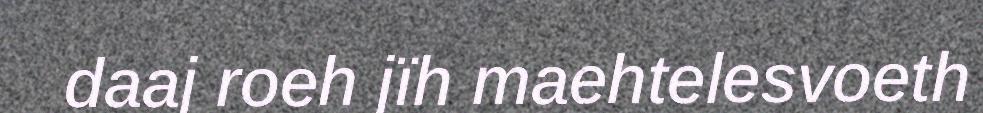
daaj roeh jïh maehtelesvoeth